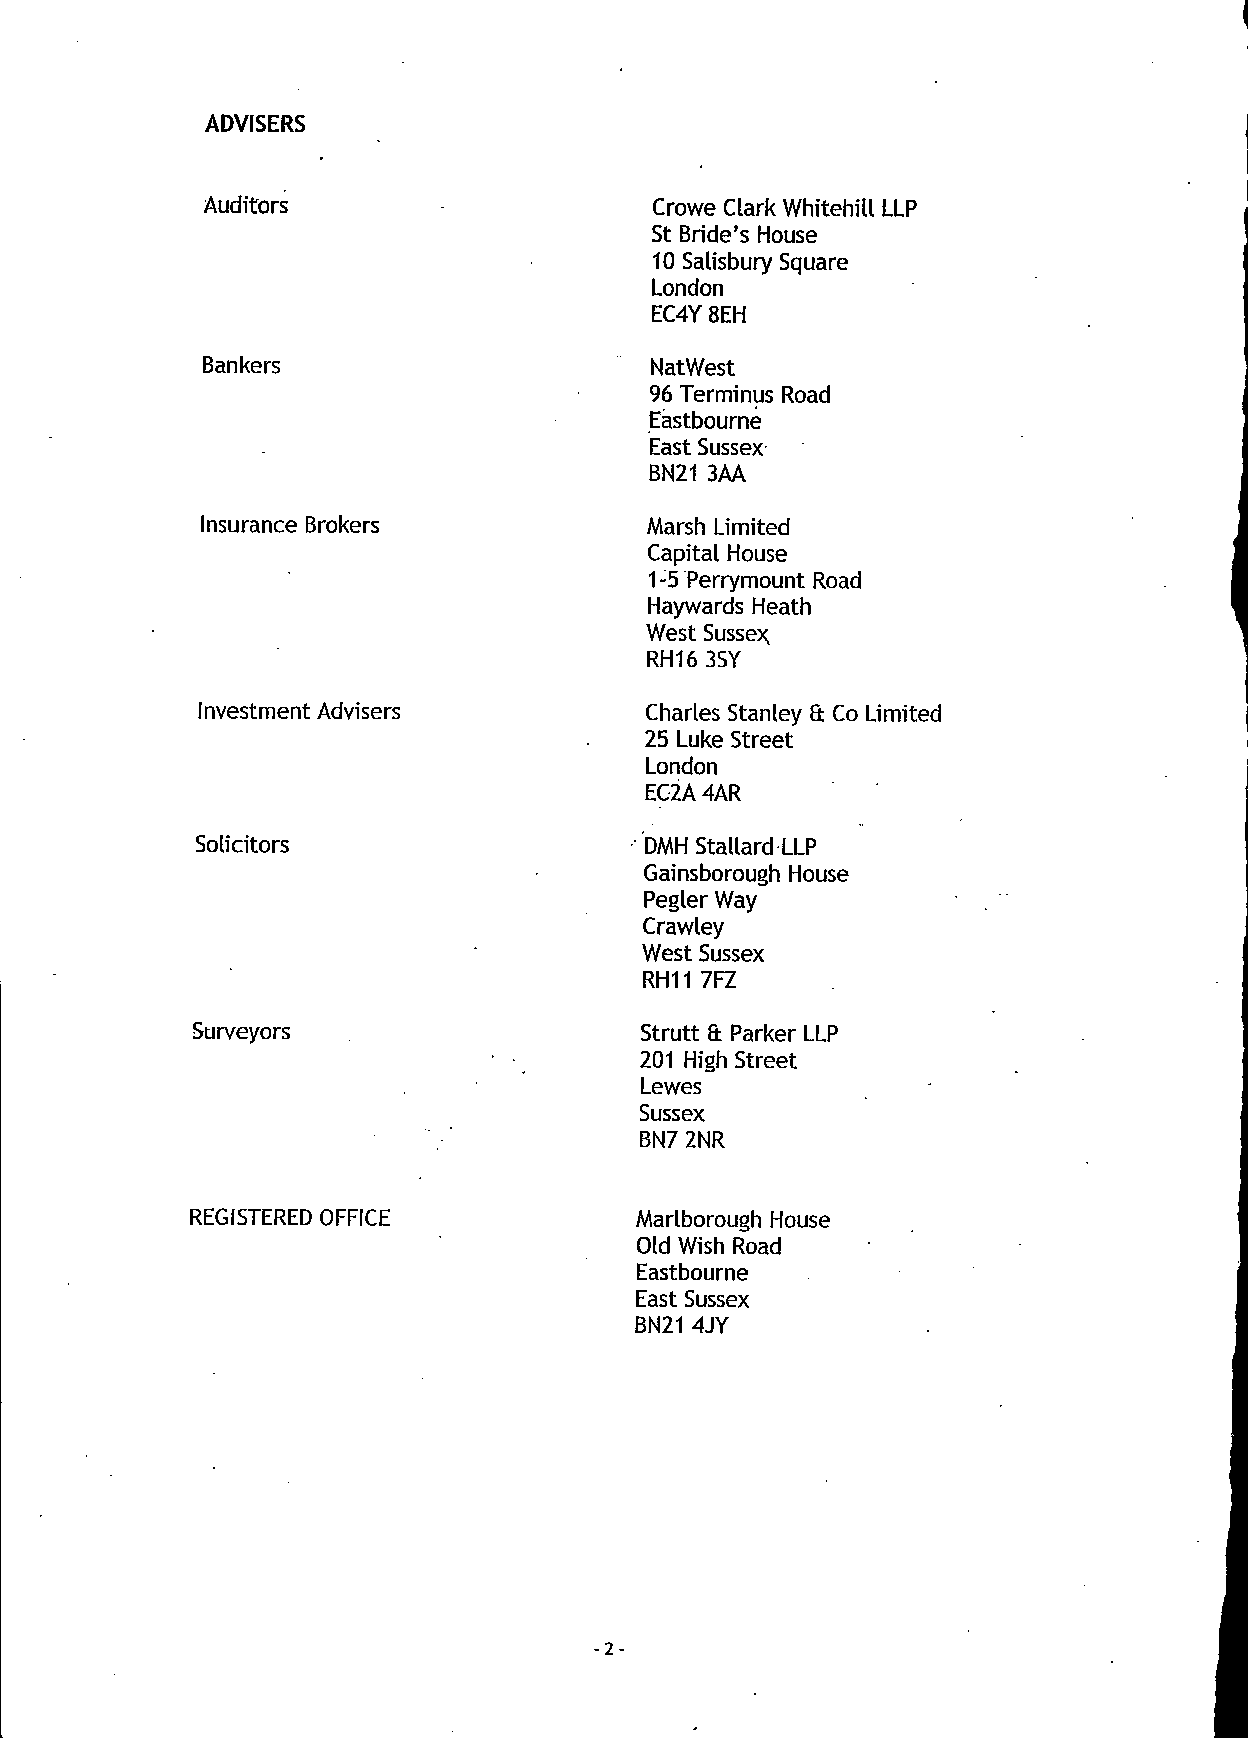
ADVISERS
 Auditors                     Crowe Clark Whitehill LLP
 St Bride's House
 10 Salisbury Square
 London
 EC4Y 8EH
 Bankers                       NatWest
 96 Terminus Road
 Eastbourne
 East Sussex
 BN21 3AA
 Insurance Brokers             Marsh Limited
 Capital House
 1-5 Perrymount Road
 Haywards Heath
 West Sussex;
 RH16 3SY
 Investment Advisers           Charles Stanley & Co Limited
 25 Luke Street
 London
 EC2A 4AR
 Solicitors                    DMH Stallard LLP
 Gainsborough House
 Pegler Way
 Crawley
 West Sussex
 RH11 7FZ
 Surveyors                    Strutt a Parker LLP
 201 High Street
 Lewes
 Sussex
 BN7 2NR
 REGISTERED OFFICE            Marlborough House
 Old Wish Road
 Eastbourne
 East Sussex
 BN21 4JY